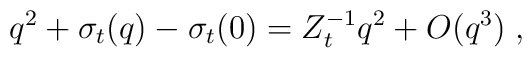
q^2 + \sigma_t ( q) -  \sigma_t ( 0 ) = Z_t^{-1} q^2 + O ( q^3) \; ,